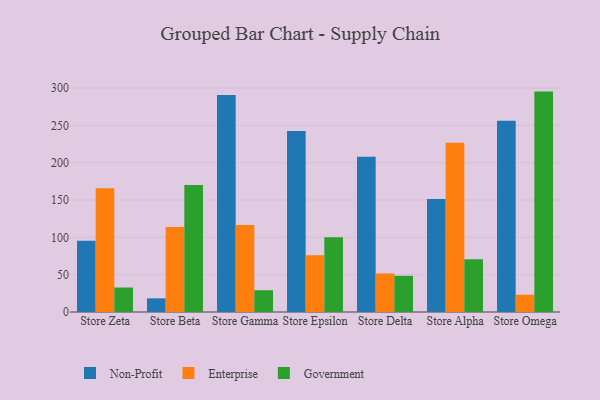
{"axis": {"x": "Store", "y": "Satisfaction Score"}, "legend": ["Enterprise", "Government", "Non-Profit"], "data": [{"x": "Store Zeta", "y": 95.4, "type": "Non-Profit"}, {"x": "Store Zeta", "y": 165.9, "type": "Enterprise"}, {"x": "Store Zeta", "y": 32.8, "type": "Government"}, {"x": "Store Beta", "y": 18.3, "type": "Non-Profit"}, {"x": "Store Beta", "y": 113.7, "type": "Enterprise"}, {"x": "Store Beta", "y": 170.0, "type": "Government"}, {"x": "Store Gamma", "y": 290.7, "type": "Non-Profit"}, {"x": "Store Gamma", "y": 116.4, "type": "Enterprise"}, {"x": "Store Gamma", "y": 29.2, "type": "Government"}, {"x": "Store Epsilon", "y": 242.3, "type": "Non-Profit"}, {"x": "Store Epsilon", "y": 76.0, "type": "Enterprise"}, {"x": "Store Epsilon", "y": 100.0, "type": "Government"}, {"x": "Store Delta", "y": 208.0, "type": "Non-Profit"}, {"x": "Store Delta", "y": 51.6, "type": "Enterprise"}, {"x": "Store Delta", "y": 48.5, "type": "Government"}, {"x": "Store Alpha", "y": 151.4, "type": "Non-Profit"}, {"x": "Store Alpha", "y": 226.6, "type": "Enterprise"}, {"x": "Store Alpha", "y": 70.5, "type": "Government"}, {"x": "Store Omega", "y": 256.2, "type": "Non-Profit"}, {"x": "Store Omega", "y": 23.1, "type": "Enterprise"}, {"x": "Store Omega", "y": 295.2, "type": "Government"}]}